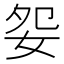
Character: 妴